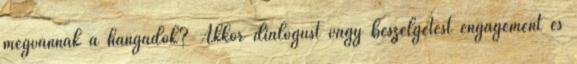
megvannak a hangadók? Akkor dialógust vagy beszélgetést engagement és